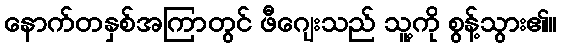
နောက်တနှစ်အကြာတွင် ဖီဂျေးသည် သူ့ကို စွန့်သွား၏။